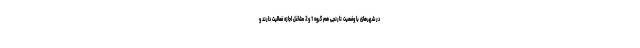
در شهرهای با وضعیت نارنجی هم گروه 1 و2 مشاغل اجازه فعالیت دارند و